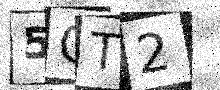
Text: 5QT2